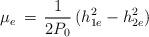
LaTeX: \begin{align*}\mu_e\,=\,{1\over2P_0}\,(h^2_{1e}-h^2_{2e})\,\end{align*}